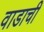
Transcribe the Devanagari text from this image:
वाडाची